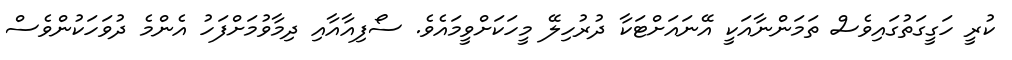
ކުރީ ހަގީގަތުގައިވެސް ތަމަންނާއަކީ އޭނައަށްޓަކާ ދުރުހިލޭ މީހަކަށްވީމައެވެ. ސޯފިއާއާއި ދިމާވުމަށްފަހު އެންމެ ދުވަހަކުންވެސް